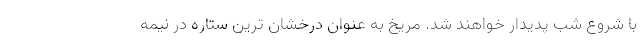
با شروع شب پدیدار خواهند شد. مریخ به عنوان درخشان ترین ستاره در نیمه